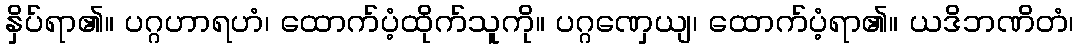
နှိပ်ရာ၏။ ပဂ္ဂဟာရဟံ၊ ထောက်ပံ့ထိုက်သူကို။ ပဂ္ဂဏှေယျ၊ ထောက်ပံ့ရာ၏။ ယဒိဘဏိတံ၊